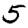
Digit: 5